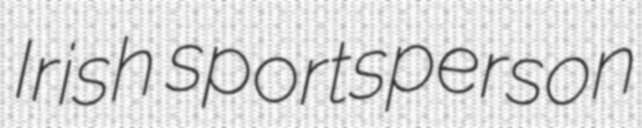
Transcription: Irish sportsperson